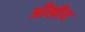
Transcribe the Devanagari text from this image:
आँखीय